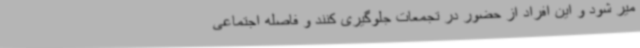
میر شود و این افراد از حضور در تجمعات جلوگیری کنند و فاصله اجتماعی